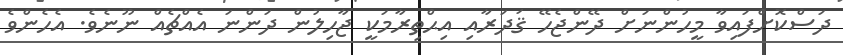
ދަސްކޮށްފައިވާ މީހުންނަށް ދޭންޖެހޭ ޤަދަރާއި އިޙްތިރާމަކީ ޖާހިލުން ދަންނަ އެއްޗެއް ނޫނެވެ. އެހެންވެ